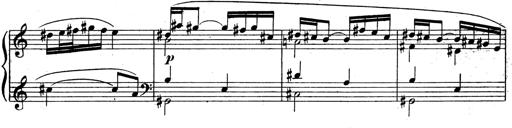
Title: 3 Sonatinas for Piano
Composer: Vissarion Shebalin